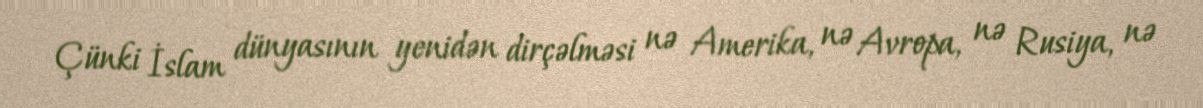
Çünki İslam dünyasının yenidən dirçəlməsi nə Amerika, nə Avropa, nə Rusiya, nə